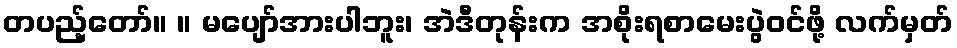
တပည့်တော်။ ။ မပျော်အားပါဘူး၊ အဲဒီတုန်းက အစိုးရစာမေးပွဲဝင်ဖို့ လက်မှတ်